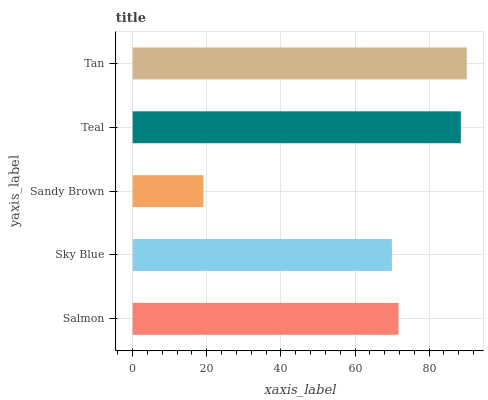
| yaxis_label | bars |
 | --- | --- |
 | Salmon | 71.7 |
 | Sky Blue | 70 |
 | Sandy Brown | 19.1 |
 | Teal | 88.6 |
 | Tan | 90.2 |